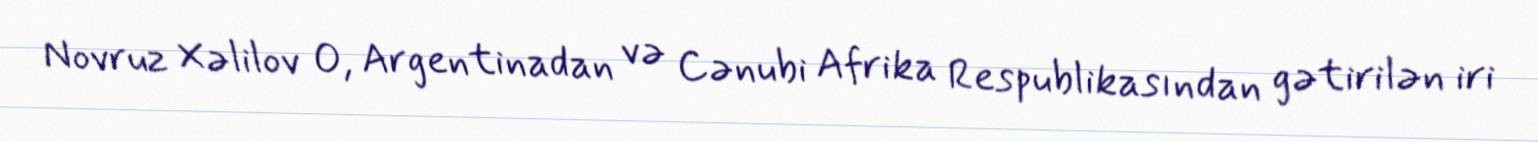
Novruz Xəlilov O, Argentinadan və Cənubi Afrika Respublikasından gətirilən iri